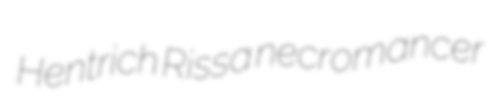
Hentrich Rissa necromancer